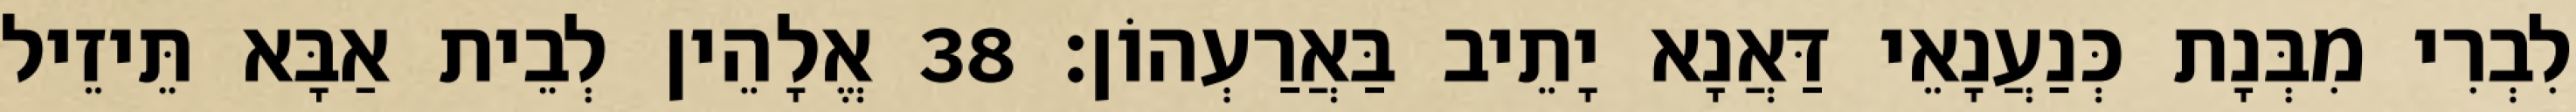
לִבְרִי מִבְּנָת כְּנַעֲנָאֵי דַּאֲנָא יָתֵיב בַּאֲרַעְהוֹן׃ 38 אֱלָהֵין לְבֵית אַבָּא תֵּיזֵיל